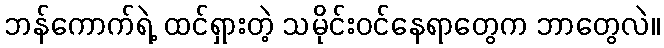
ဘန်ကောက်ရဲ့ ထင်ရှားတဲ့ သမိုင်းဝင်နေရာတွေက ဘာတွေလဲ။